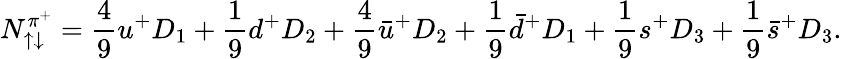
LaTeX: N_{\uparrow\downarrow}^{\pi^{+}}=\frac{4}{9}u^{+}D_{1}+\frac{1}{9}d^{+}D_{2}+\frac{4}{9}\bar{u}^{+}D_{2}+\frac{1}{9}\bar{d}^{+}D_{1}+\frac{1}{9}s^{+}D_{3}+\frac{1}{9}\bar{s}^{+}D_{3}.